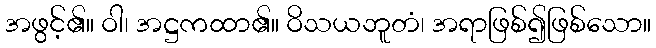
အဖွင့်၏။ ဝါ၊ အဋ္ဌကထာ၏။ ဝိသယဘူတံ၊ အရာဖြစ်၍ဖြစ်သော။